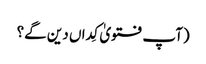
(آپ فتویٰ کِداں دین گے؟